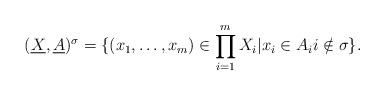
LaTeX: \begin{align*}(\underline{X},\underline{A})^{\sigma}=\{(x_1,\ldots,x_m)\in\prod^m_{i=1}X_i|x_i\in A_ii\notin\sigma\}.\end{align*}